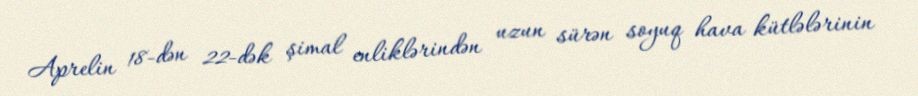
Aprelin 18-dən 22-dək şimal enliklərindən uzun sürən soyuq hava kütlələrinin